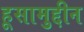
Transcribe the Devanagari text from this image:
हूसामुद्दीन